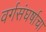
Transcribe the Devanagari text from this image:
वर्गसंघर्षाचा